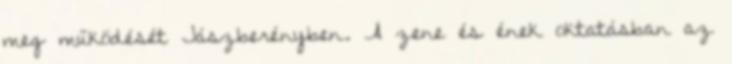
meg működését Jászberényben. A zene és ének oktatásban az